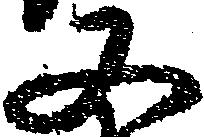
又